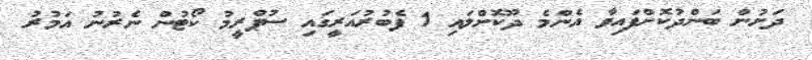
ދަށުން ބަންދުކޮށްފައިވާ އެންމެ ދޫކޮށްލައި 1 ފެބުރުއަރީގައި ސުޕްރީމު ކޯޓުން ނެރުނު އަމުރު